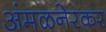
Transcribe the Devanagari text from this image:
अंमळनेरकर